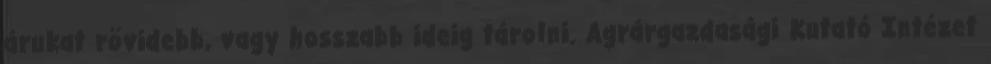
árukat rövidebb, vagy hosszabb ideig tárolni. Agrárgazdasági Kutató Intézet